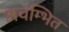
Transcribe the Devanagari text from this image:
अचंम्भित